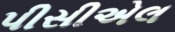
પીસીએલ